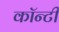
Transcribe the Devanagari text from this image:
काॅन्टी